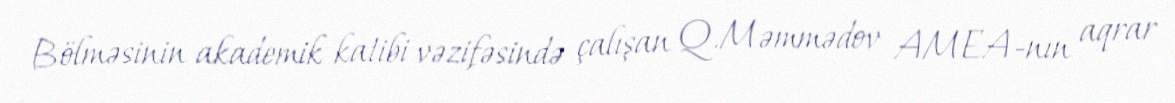
Bölməsinin akademik katibi vəzifəsində çalışan Q.Məmmədov AMEA-nın aqrar